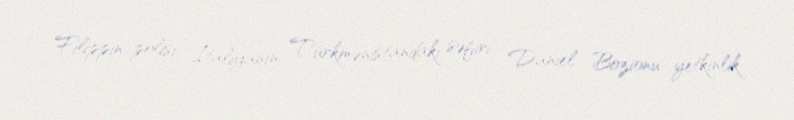
Filippin polisi İtaliyanın Türkmənistandakı səfiri Daniel Bozionu yetkinlik